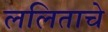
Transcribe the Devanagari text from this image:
ललिताचे